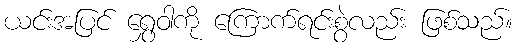
ယင်းအပြင် ရွှေဝါကို ကြောက်ရင်းစွဲလည်း ဖြစ်သည်။